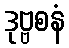
ဒုဗ္ဗစနံ